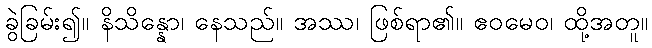
ခွဲခြမ်း၍။ နိသိန္နော၊ နေသည်။ အဿ၊ ဖြစ်ရာ၏။ ဧဝမေဝ၊ ထို့အတူ။